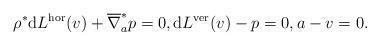
LaTeX: \begin{align*} \rho ^\ast \mathrm{d} L ^\textup{hor} (v) + \overline{ \nabla } _a ^\ast p = 0 , \mathrm{d} L ^\textup{ver} (v) - p = 0 , a - v = 0 . \end{align*}